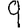
Digit: 9